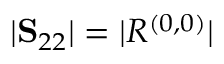
| \mathbf { S } _ { 2 2 } | = | R ^ { ( 0 , 0 ) } |